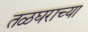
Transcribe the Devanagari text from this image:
तळघराच्या